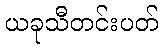
ယခုသီတင်းပတ်